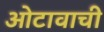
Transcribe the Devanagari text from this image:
ओटावाची